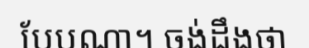
បែបណា។ ចង់ដឹងថា